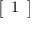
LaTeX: \textstyle { \left[ \begin{array} { l } { 1 } \end{array} \right] }